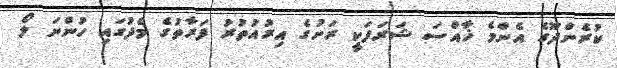
ކުރެންދޫގެ އެންމެ ޚާއްސަ ޝަރަފަކީ ރަށުގެ އިރުއުތުރު ފަރާތުގެ މެދުގައި ހުންނަ ލޯ